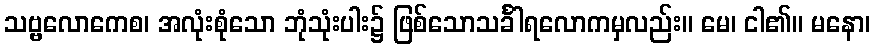
သဗ္ဗလောကေစ၊ အလုံးစုံသော ဘုံသုံးပါး၌ ဖြစ်သောသင်္ခါရလောကမှလည်း။ မေ၊ ငါ၏။ မနော၊